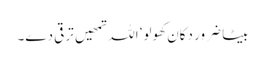
بیٹا ضرور دکان کھولو‘ اللہ تمھیں ترقی دے۔